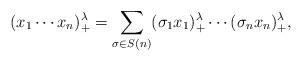
LaTeX: \begin{align*}(x_1\cdots x_n)_+^\lambda= \sum_{\sigma \in S(n)}(\sigma_1 x_1)_+^\lambda\cdots(\sigma_n x_n)_+^\lambda, \end{align*}